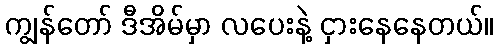
ကျွန်တော် ဒီအိမ်မှာ လပေးနဲ့ ငှားနေနေတယ်။